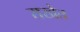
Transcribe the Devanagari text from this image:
राखेत